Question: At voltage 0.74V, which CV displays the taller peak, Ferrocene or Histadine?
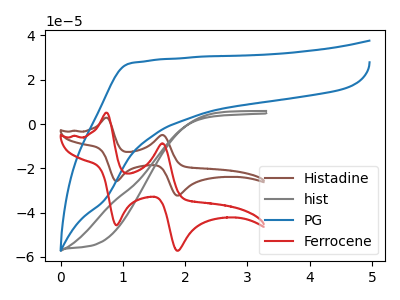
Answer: <think>The brown curve "Histadine" has anodic peaks at (0.75V, 2.90uA) (1.65V, -4.95uA) and cathodic peaks at (0.90V, -25.80uA) (1.85V, -32.35uA). The gray curve "hist" has no peaks. The blue curve "PG" has no peaks. The red curve "Ferrocene" has anodic peaks at (0.75V, 5.10uA) (1.65V, -8.70uA) and cathodic peaks at (0.90V, -45.70uA) (1.85V, -57.20uA).</think>
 <answer>The peak at 0.74V is higher in "Ferrocene" than in "Histadine".</answer>
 <eval>higher</eval>